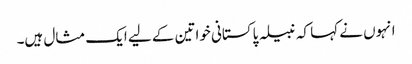
انہوں نے کہا کہ نبیلہ پاکستانی خواتین کے لیے ایک مثال ہیں۔